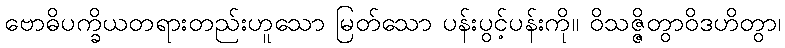
ဗောဓိပက္ခိယတရားတည်းဟူသော မြတ်သော ပန်းပွင့်ပန်းကို။ ဝိသဇ္ဇိတွာဝိဒဟိတွာ၊